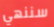
سننهي